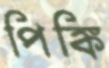
পিঙ্কি